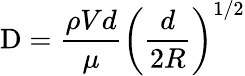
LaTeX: \mathrm{D}={\frac{\rho Vd}{\mu}}\left({\frac{d}{2R}}\right)^{1/2}